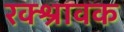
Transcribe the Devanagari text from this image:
रक्श्रावक